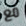
مع